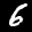
Label: 6